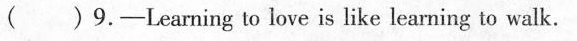
( )9. -Learning to love is like learning to walk.